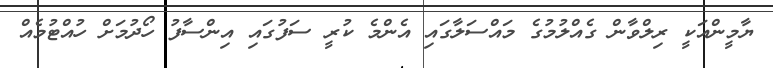
ޔާމީންއަކީ ރިލްވާން ގެއްލުމުގެ މައްސަލާގައި އެންމެ ކުރީ ސަފުގައި އިންސާފު ހޯދުމަށް ހުއްޓުމެއް